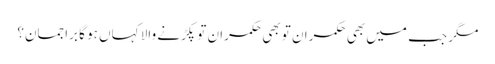
مگر جب میں بھی حکمران تو بھی حکمران تو پکڑنے والا کہاں ہو گا براجمان؟